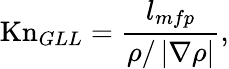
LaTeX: \mathrm{Kn}_{GLL}=\frac{l_{mfp}}{\rho/\left|\nabla\rho\right|},